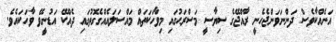
އަނެއްކާވެސް ދަންނަވަންޖެހެނީ ރާއްޖޭގެ ސިޔާސީ މަސްރަޙުގައި މިވާހަކަތައް މައްސަލައެއްގެގޮތުގައި ދެއްކޭ އަޑުނީވޭ ވާހަކައެވެ.